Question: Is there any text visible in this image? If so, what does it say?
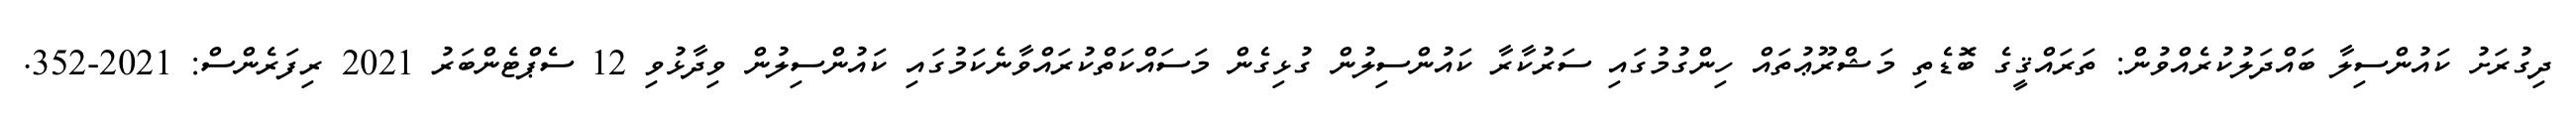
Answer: ދިގުރަށު ކައުންސިލާ ބައްދަލުކުރެއްވުން: ތަރައްޤީގެ ބޮޑެތި މަޝްރޫޢުތައް ހިންގުމުގައި ސަރުކާރާ ކައުންސިލުން ގުޅިގެން މަސައްކަތްކުރައްވާނެކަމުގައި ކައުންސިލުން ވިދާޅުވި 12 ސެޕްޓެންބަރު 2021 ރިފަރެންސް: 2021-352.